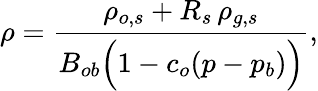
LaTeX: \rho=\frac{\rho_{o,s}+R_{s}\, \rho_{g,s}}{B_{ob}\Big(1-c_{o}(p-p_{b})\Big)},